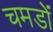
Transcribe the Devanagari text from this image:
चमडों